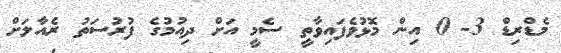
މެޑްރިޑް 3- 0 އިން މޮޅުވެފައިވާތީ ސެމީ އަށް ދިއުމުގެ ފުރުސަތު ރެއާލަށް